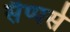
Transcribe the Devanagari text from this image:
सैप्पर्स